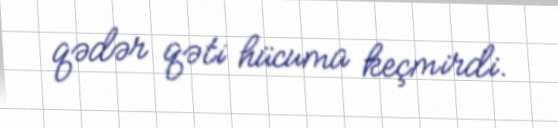
qədər qəti hücuma keçmirdi.